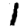
Digit: 1